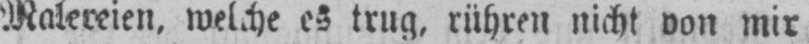
Malereien, welche es trug, rühren nicht von mir